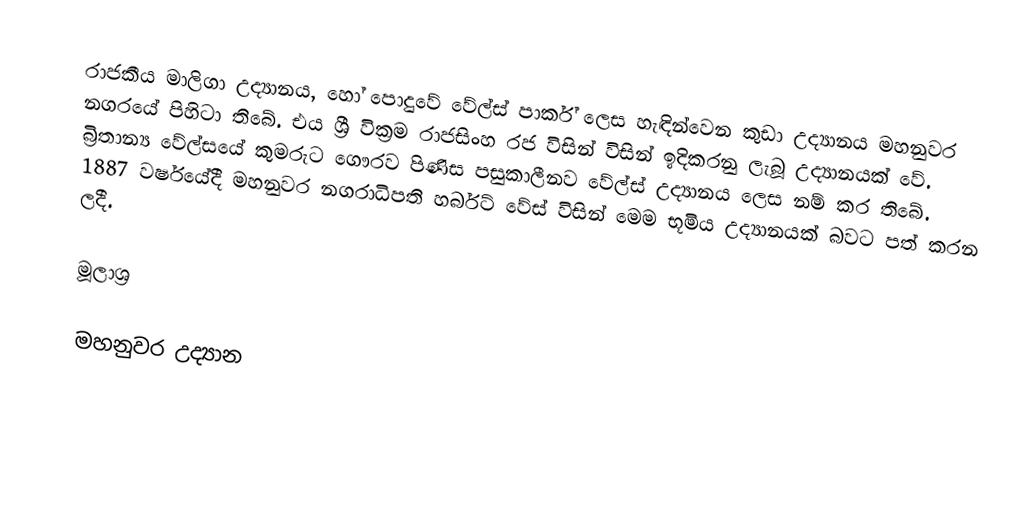
රාජකීය මාලිගා උද්‍යානය, හෝ පොදුවේ වේල්ස් පාර්ක් ලෙස හැඳින්වෙන කුඩා උද්‍යානය මහනුවර නගරයේ පිහිටා තිබේ. එය ශ්‍රී වික්‍රම රාජසිංහ රජ විසින් විසින් ඉදිකරනු ලැබූ උද්‍යානයක් වේ. බ්‍රිතාන්‍ය වේල්සයේ කුමරුට ගෞරව පිණිස පසුකාලීනව වේල්ස් උද්‍යානය ලෙස නම් කර තිබේ. 1887 වර්ෂයේදී මහනුවර නගරාධිපති හර්බට් වේස් විසින් මෙම භූමිය උද්‍යානයක් බවට පත් කරන ලදී.

මූලාශ්‍ර

මහනුවර උද්‍යාන